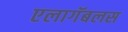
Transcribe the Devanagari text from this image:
एलागॅबलस